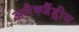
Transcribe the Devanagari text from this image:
अलैक्जैंड्रीय